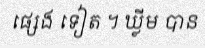
ផ្សេង ទៀត ។ ឃ្លីម បាន